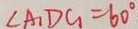
\angle A _ { 1 } D G = 6 0 ^ { \circ }